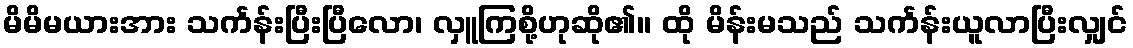
မိမိမယားအား သင်္ကန်းပြီးပြီလော၊ လှူကြစို့ဟုဆို၏။ ထို မိန်းမသည် သင်္ကန်းယူလာပြီးလျှင်